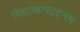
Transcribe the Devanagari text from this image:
विशाखापट्ट्नम